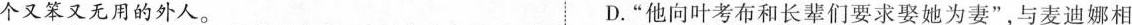
个又笨又无用的外人。 D.”他向叶考布和长辈们要求娶她为妻”，与麦迪娜相